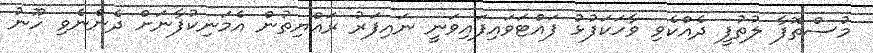
މުސްތޮފާ ލުތުފީ ދެއްކެވި ވާހަކަފުޅު ފައްޓަވައިފައިވަނީ ނައިފަރު ރައްޔިތުން އެމަނިކުފާނަށް ދެންނެވި ހޫނު